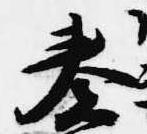
奏